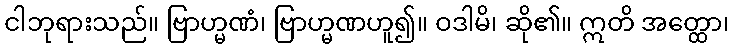
ငါဘုရားသည်။ ဗြာဟ္မဏံ၊ ဗြာဟ္မဏဟူ၍။ ဝဒါမိ၊ ဆို၏။ ဣတိ အတ္ထော၊